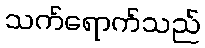
သက်ရောက်သည်